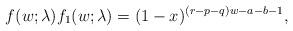
LaTeX: \begin{align*} f(w; \lambda) f_1(w; \lambda) = (1-x)^{(r-p-q)w-a-b-1}, \end{align*}